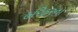
હરિહરના